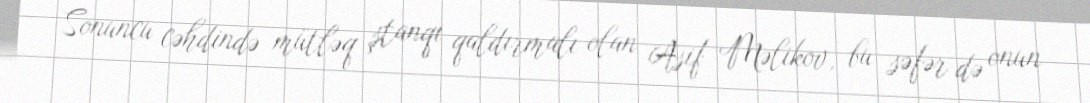
Sonuncu cəhdində mütləq ştanqı qaldırmalı olan Asif Məlikov, bu səfər də onun